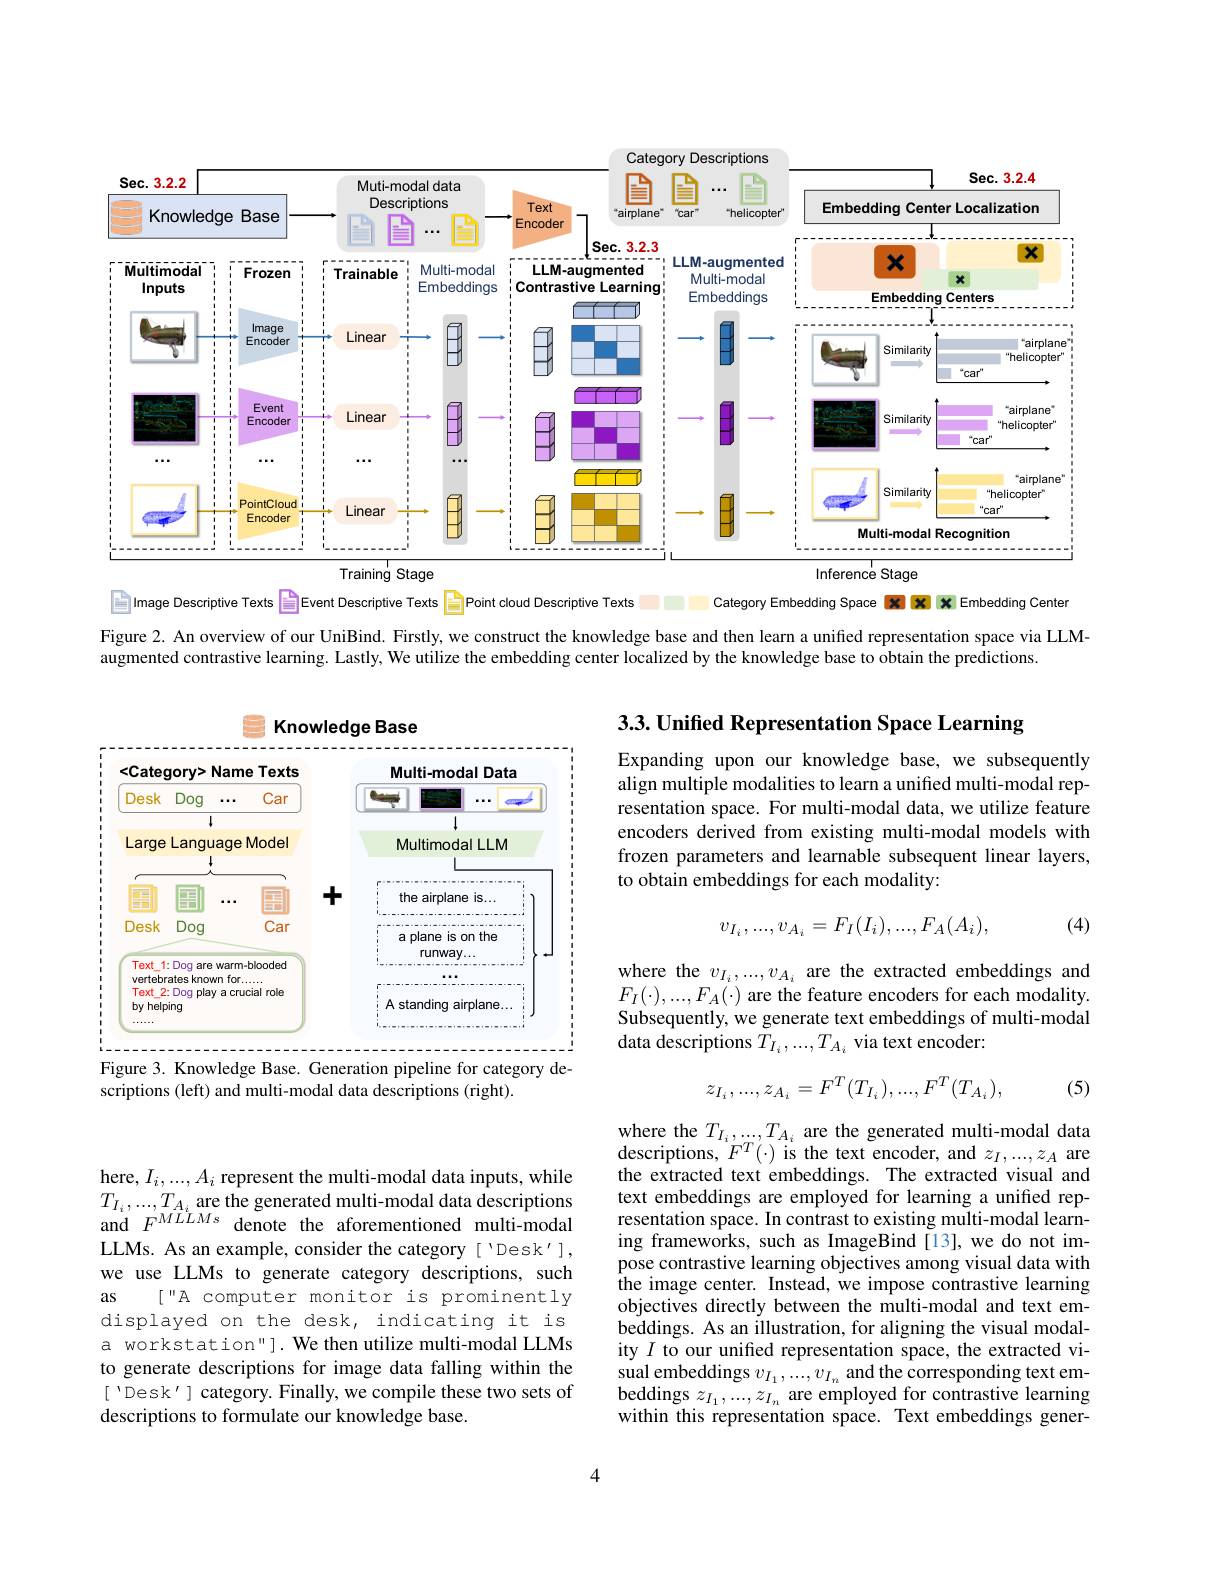
<FigureHere>

Figure 2. An overview of our UniBind. Firstly, we construct the knowledge base and then learn a uniffed representation space via LLM-

augmented contrastive learning. Lastly, We utilize the embedding center localized by the knowledge base to obtain the predictions.

3.3. Unified Representation Space Learning

S Knowledge Base

Expanding upon our knowledge base, we subsequently align multiple modalities to learn a unified multi-modal representation space. For multi-modal data, we utilize feature encoders derived from existing multi-modal models with frozen parameters and learnable subsequent linear layers, to obtain embeddings for each modality:

<FigureHere>
Figure 3. Knowledge Base. Generation pipeline for category de-
$$v_{I_i},...,v_{A_i}=F_I(I_i),...,F_A(A_i),$$
(4)

where the $v_I_i,...,v_{A_i}$ are the extracted embeddings and $F_{I}(\cdot),...,F_{A}(\cdot)$ are the feature encoders for each modality. Subsequently, we generate text embeddings of multi-modal data descriptions $T_I_i,...,T_{A_i}$ via text encoder:

scriptions (left) and multi-modal data descriptions (right).
$$z_{I_i},...,z_{A_i}=F^T(T_{I_i}),...,F^T(T_{A_i}),$$
(5)

where the $T_{I_{i},\ldots,T_{A_{i}}}$ are the generated multi-modal data descriptions, $F^T(\cdot)$ is the text encoder, and $z_I,...,z_A$ are the extracted text embeddings. The extracted visual and text embeddings are employed for learning a unified representation space. In contrast to existing multi-modal learning frameworks, such as ImageBind [13], we do not impose contrastive learning objectives among visual data with $\hat{\text{the image center. Instead, we impose contrastive learning}}$ objectives directly between the multi-modal and text embeddings. As an illustration, for aligning the visual modality $I$ to our unified representation space, the extracted visual embeddings $v_{I_1},...,v_{I_n}$ and the corresponding text em- $\begin{array}{l}\mathrm{beddings~}z_{I_{1},\ldots,z_{I_{n}}}&\text{are employed for contrastive learning}\\\mathrm{within~this~representation~space.~Text~embeddings~gener-}\end{array}$

here, $I_i,...,A_i$ represent the multi-modal data inputs, while $T_{I_{i}},...,T_{A_{i}}$ are the generated multi-modal data descriptions and $F^{MLLMs}$ denote the aforementioned multi-modal LLMs. As an example, consider the category[ 'Desk'], we use LLMs to generate category descriptions, such as
[ " A computer monitor is prominently displayed on the desk, indicating it is a workstation" ]. We then utilize multi-modal LLMs to generate descriptions for image data falling within the [ 'Desk'] category. Finally, we compile these two sets of descriptions to formulate our knowledge base.

4